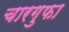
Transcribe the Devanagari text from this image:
चारगुफा